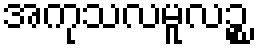
အကုသလမူလဉ္စ